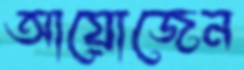
আয়োজেন